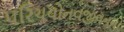
પરિચયોનવજીવનનો